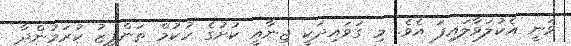
ވަނީ އެކުލަވާލައިފަ އެވެ. މި ގަވައިދަކީ ޖިނާއީ ކުށުގެ ހުކުމް ތަންފީޒު ކުރަމުންދާ